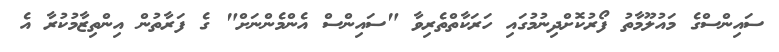
ސައިންސްގެ މައުލޫމާތު ފޯރުކޮށްދިނުމުގައި ހަރަކާތްތެރިވާ "ސައިންސް އެންމެންނަށް" ގެ ފަރާތުން އިންތިޒާމުކުރާ އެ